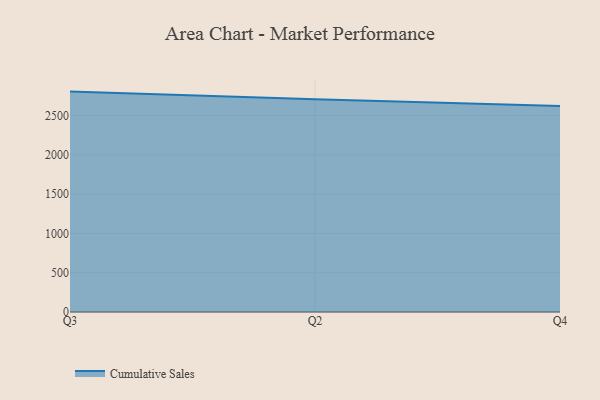
{"axis": {"x": "Quarter", "y": "Latency (ms)"}, "legend": ["Cumulative Sales"], "data": [{"x": "Q3", "y": 2803.8, "type": "Cumulative Sales"}, {"x": "Q2", "y": 2706.0, "type": "Cumulative Sales"}, {"x": "Q4", "y": 2622.0, "type": "Cumulative Sales"}]}